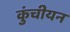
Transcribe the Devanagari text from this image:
कुंचीयन